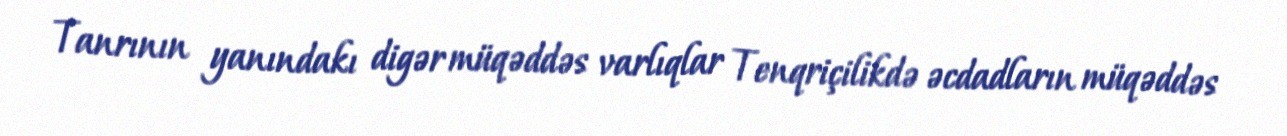
Tanrının yanındakı digər müqəddəs varlıqlar Tenqriçilikdə əcdadların müqəddəs